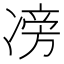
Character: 𠗵